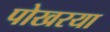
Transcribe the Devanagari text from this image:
पोखरया